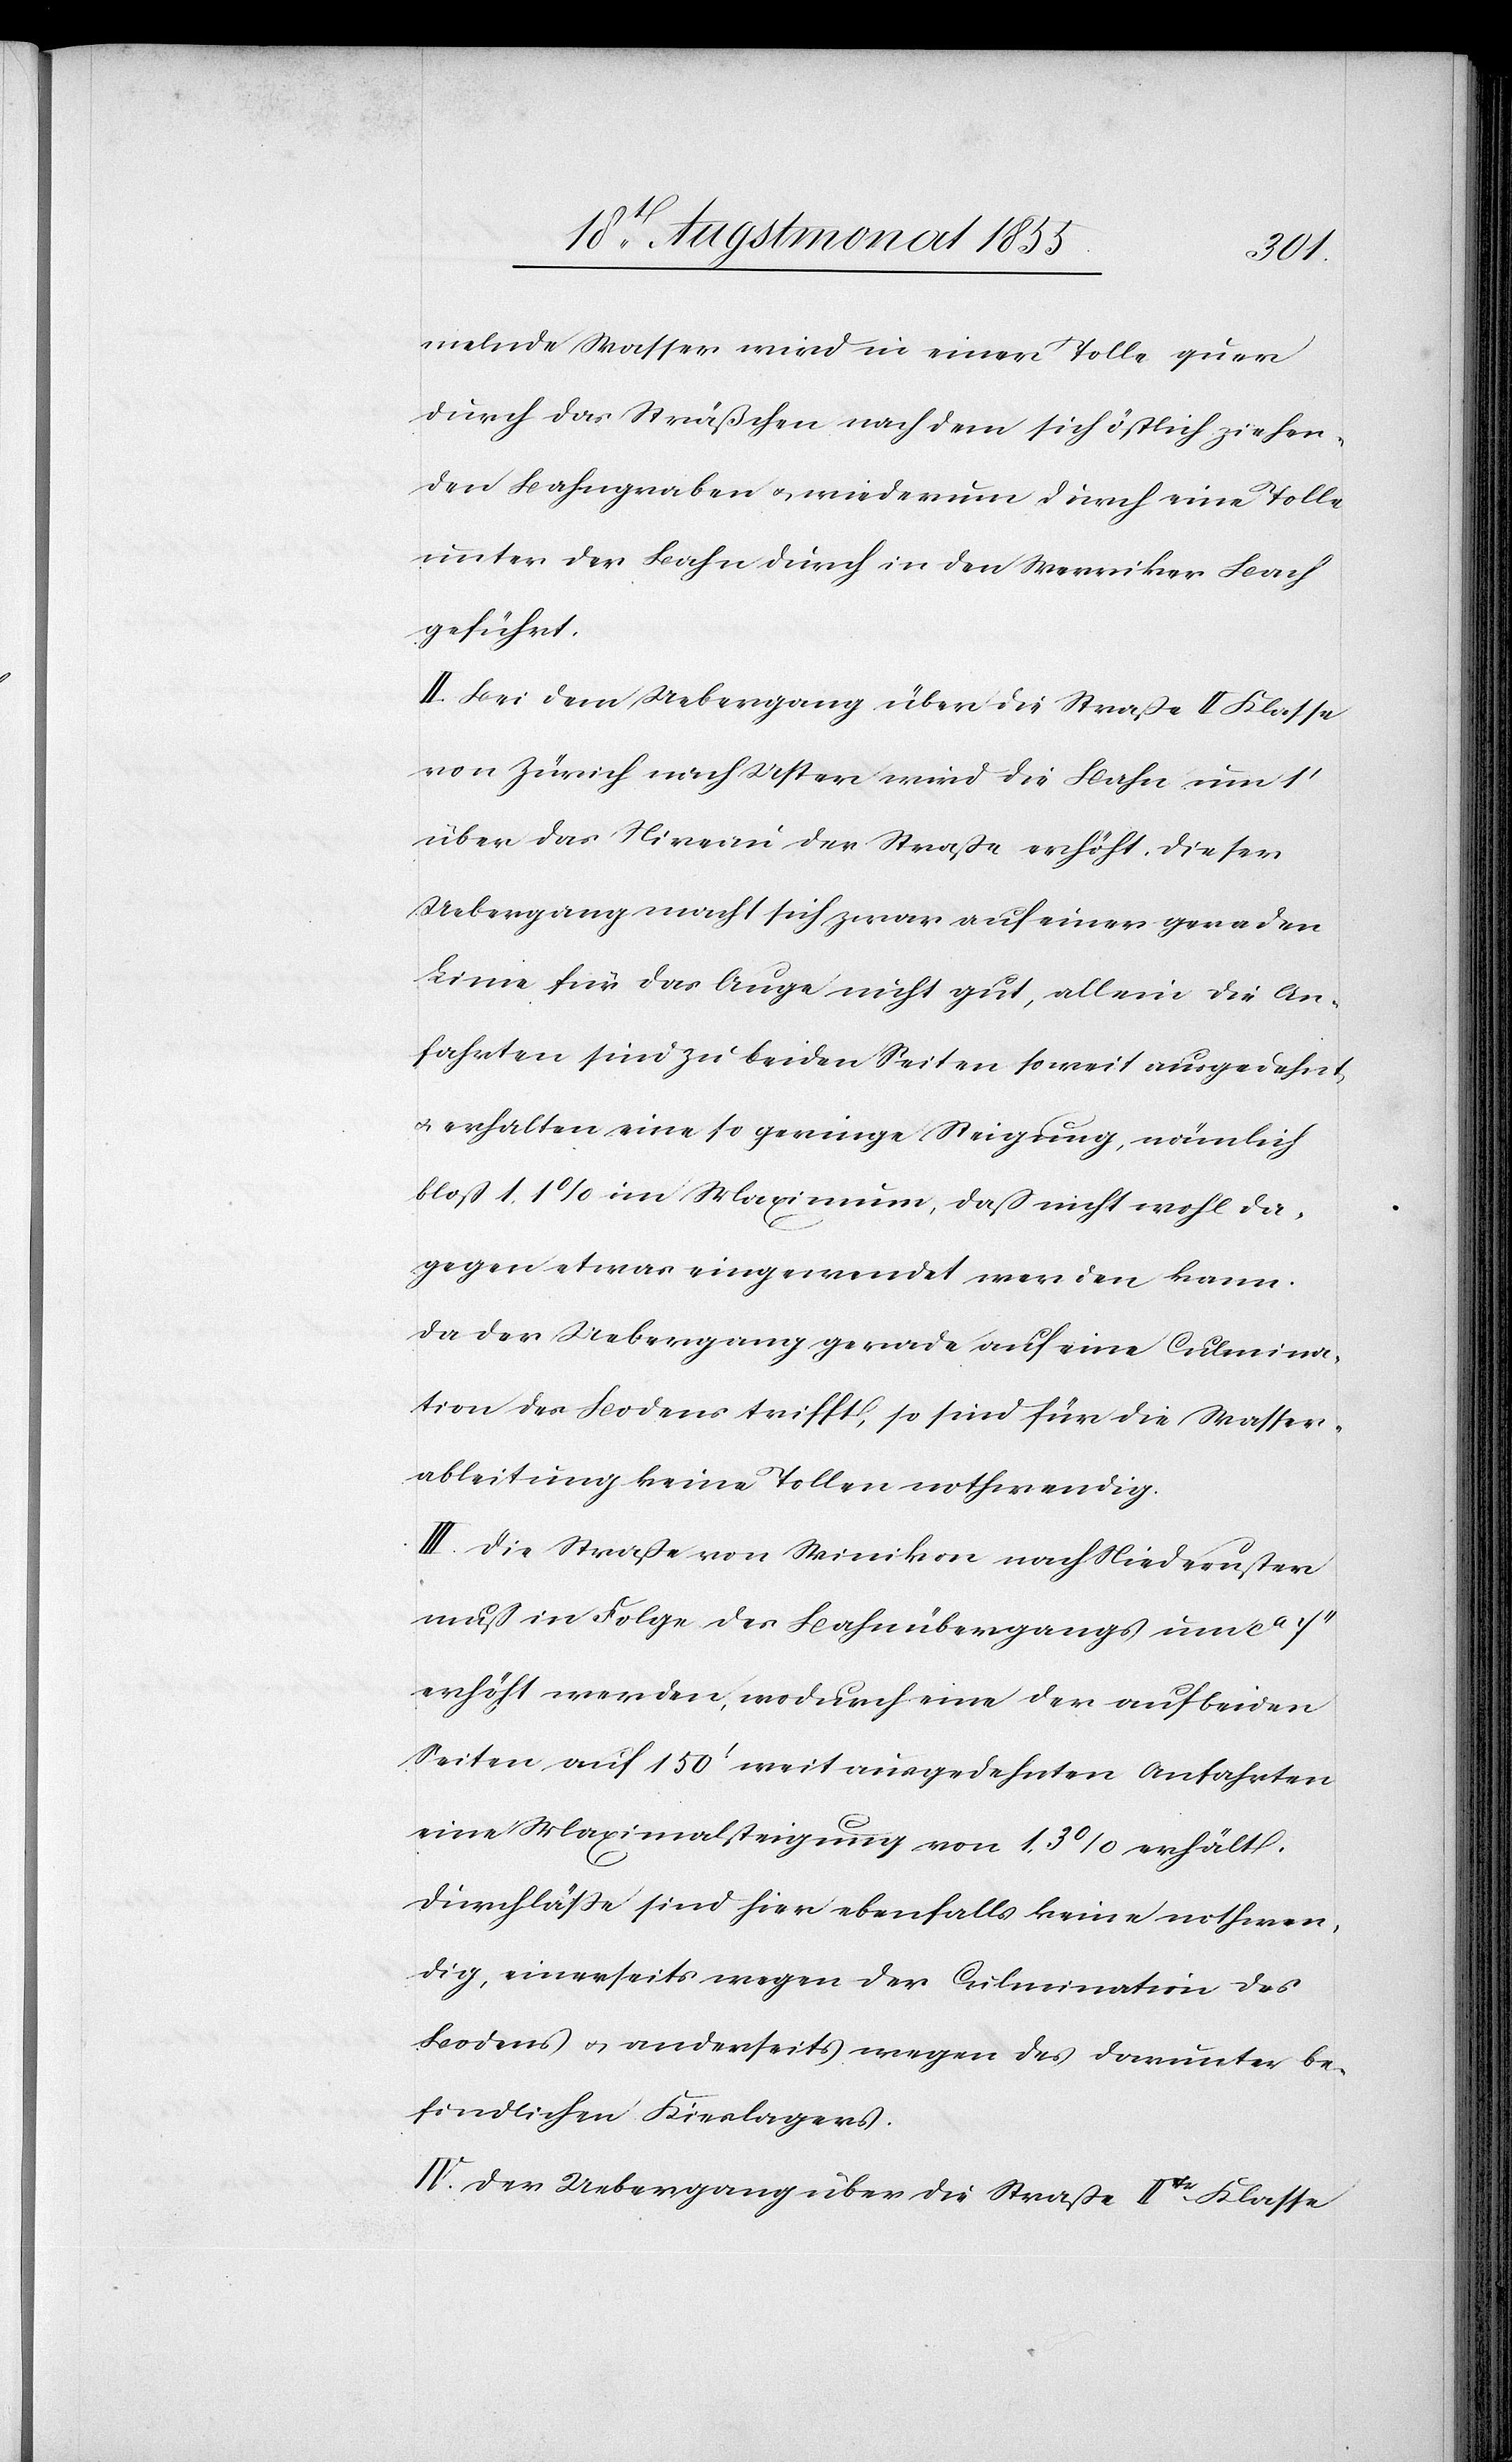
melnde Wasser wird in einer Tolle quer
durch das Sträßchen nach dem sich östlich ziehen¬
den Bahngraben & wiederum durch eine Tolle
unter der Bahn durch in den Werriker Bach
geführt.
II. Bei dem Uebergang über die Straße II. Klasse
von Zürich nach Uster wird die Bahn um 1‘
über das Niveau der Straße erhöht. Dieser
Uebergang macht sich zwar auf einer geraden
Linie für das Auge nicht gut, allein die An¬
fahrten sind zu beiden Seiten soweit ausgedehnt,
& erhalten eine so geringe Steigung, nämlich
bloß 1,1% im Maximum, daß nicht wohl da¬
gegen etwas eingewendet werden kann.
Da der Uebergang gerade auf eine Culmina¬
tion des Bodens trifft, so sind für die Wasser¬
ableitung keine Tollen nothwendig.
III. Die Straße von Winikon nach Niederuster
muß in Folge des Bahnübergangs um ca
erhöht werden, wodurch eine der auf beiden
Seiten auf 150‘ weit ausgedehnten Anfahrten
eine Maximalsteigung von 1,3% erhält.
Durchlässe sind hier ebenfalls keine nothwen¬
dig, einerseits wegen der Culmination des
Bodens & anderseits wegen des darunter be¬
findlichen Kieslagers.
IV. Der Uebergang über die Straße IItr. Klasse